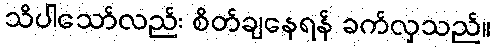
သိပါသော်လည်း စိတ်ချနေရန် ခက်လှသည်။